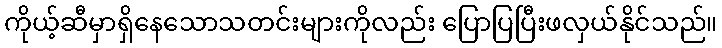
ကိုယ့်ဆီမှာရှိနေသောသတင်းများကိုလည်း ပြောပြပြီးဖလှယ်နိုင်သည်။